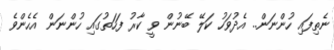
ނެތިފައި ހުންނަން.. އެދުވަހު ކަލޭ ބޭނުން ވީ ކާރު ފަހަތުގައި ހުންނަން އެހެންވެ